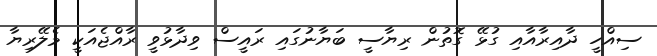
ސިއްހީ ދާއިރާއާއި ގުޅޭ ގޮތުން ރިޔާސީ ބަޔާނުގައި ރައީސް ވިދާޅުވީ ރާއްޖެއަކީ މެލޭރިޔާ